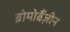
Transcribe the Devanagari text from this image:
ब्रोमोबैंज़ीन